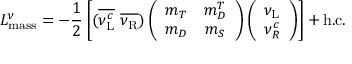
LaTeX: { \cal { L } } _ { \mathrm { m a s s } } ^ { \nu } = - \frac { 1 } { 2 } \left[ ( { \overline { { { \nu _ { \mathrm { L } } ^ { c } } } } } ~ { \overline { { { \nu _ { \mathrm { R } } } } } } ) \left( \begin{array} { c c } { { m _ { T } } } & { { m _ { D } ^ { T } } } \\ { { m _ { D } } } & { { m _ { S } } } \end{array} \right) \left( \begin{array} { c } { { \nu _ { \mathrm { L } } } } \\ { { \nu _ { R } ^ { c } } } \end{array} \right) \right] + \mathrm { h . c . }